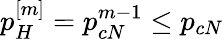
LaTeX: p_{H}^{[m]}=p_{cN}^{m-1}\leq p_{cN}